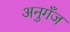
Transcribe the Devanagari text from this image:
अनुगँज